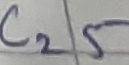
Text: C25